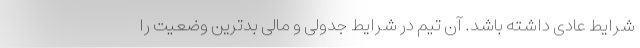
شرایط عادی داشته باشد. آن تیم در شرایط جدولی و مالی بدترین وضعیت را